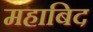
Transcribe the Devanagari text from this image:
महाबिद